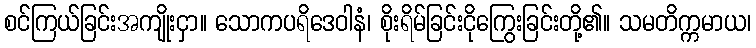
စင်ကြယ်ခြင်းအကျိုးငှာ။ သောကပရိဒေဝါနံ၊ စိုးရိမ်ခြင်းငိုကြွေးခြင်းတို့၏။ သမတိက္ကမာယ၊